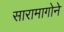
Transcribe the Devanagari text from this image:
सारामागोने